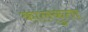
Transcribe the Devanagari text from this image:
कालकुता